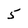
Character: 5